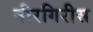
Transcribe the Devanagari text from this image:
नीरगिरीस